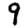
Digit: 9